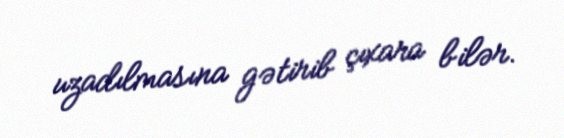
uzadılmasına gətirib çıxara bilər.